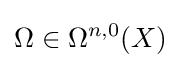
\Omega \in \Omega ^{n,0}(X)